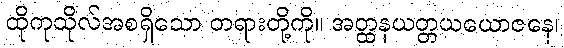
ထိုကုသိုလ်အစရှိသော တရားတို့ကို။ အတ္ထနယတ္တယယောဇနေ၊